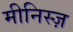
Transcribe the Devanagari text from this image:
मीनिस्ज़